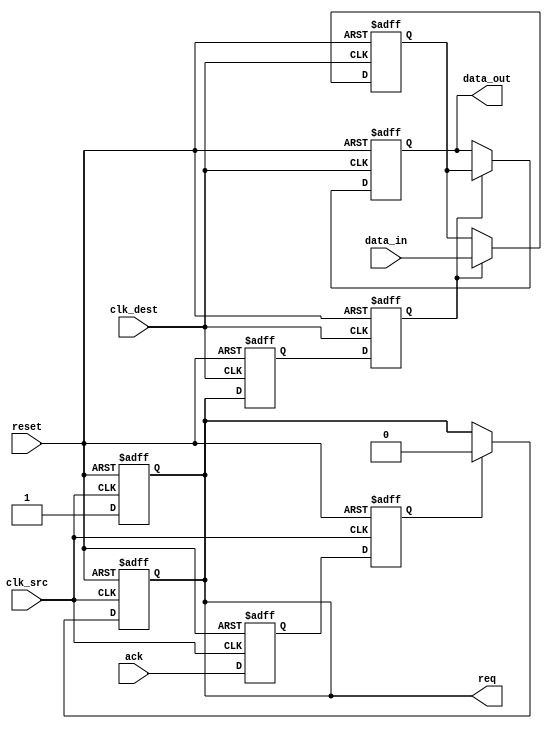
module handshake_synchronizer #(
    parameter DATA_WIDTH = 8  // Width of the data bus
)(
    input wire clk_src,        // Source clock
    input wire clk_dest,       // Destination clock
    input wire reset,          // Asynchronous reset
    input wire [DATA_WIDTH-1:0] data_in, // Data input from source domain
    output reg [DATA_WIDTH-1:0] data_out, // Data output to destination domain
    output reg req,            // Request signal from source
    input wire ack             // Acknowledgment signal from destination
);

// Internal signals
reg [DATA_WIDTH-1:0] data_reg; // Register to hold data in the destination domain
reg req_sync_1, req_sync_2;    // Synchronization registers for req signal
reg ack_sync_1, ack_sync_2;    // Synchronization registers for ack signal

// Generate req signal when data is available
always @(posedge clk_src or posedge reset) begin
    if (reset) begin
        req <= 1'b0;
    end else begin
        req <= 1'b1; // Assert req when data is available
    end
end

// Synchronize req signal to destination clock domain
always @(posedge clk_dest or posedge reset) begin
    if (reset) begin
        req_sync_1 <= 1'b0;
        req_sync_2 <= 1'b0;
    end else begin
        req_sync_1 <= req;          // First stage of synchronization
        req_sync_2 <= req_sync_1;   // Second stage of synchronization
    end
end

// Data transfer logic in destination clock domain
always @(posedge clk_dest or posedge reset) begin
    if (reset) begin
        data_out <= {DATA_WIDTH{1'b0}}; // Clear data output
        data_reg <= {DATA_WIDTH{1'b0}};  // Clear data register
    end else if (req_sync_2) begin
        data_reg <= data_in; // Capture data from source
        data_out <= data_reg; // Output data to destination
    end
end

// Synchronize ack signal to source clock domain
always @(posedge clk_src or posedge reset) begin
    if (reset) begin
        ack_sync_1 <= 1'b0;
        ack_sync_2 <= 1'b0;
    end else begin
        ack_sync_1 <= ack;          // First stage of synchronization
        ack_sync_2 <= ack_sync_1;   // Second stage of synchronization
    end
end

// Acknowledge logic in the source clock domain
always @(posedge clk_src or posedge reset) begin
    if (reset) begin
        req <= 1'b0; // Reset req signal
    end else if (ack_sync_2) begin
        req <= 1'b0; // Clear req when ack is received
    end
end

endmodule